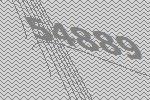
54889